Lunatic asylums Burma 1907-21 - 1907-1921
Year: 1907
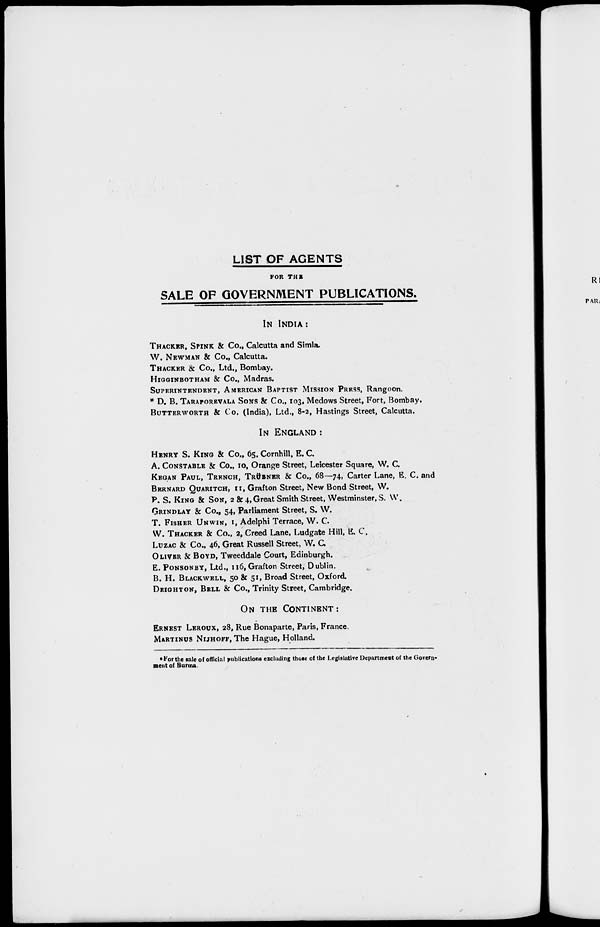
LIST OF AGENTS
FOR THE
SALE OF GOVERNMENT PUBLICATIONS.
IN INDIA:
THACKER, SPINK & Co., Calcutta and Simla.
W. NEWMAN & Co., Calcutta.
THACKER & Co., Ltd., Bombay.
HIGGINBOTHAM & Co., Madras.
SUPERINTENDENT, AMERICAN BAPTIST MISSION PRESS, Rangoon.
* D. B.TARAPOREVALA SONS & Co., 103, Medows Street, Fort, Bombay.
BUTTERWORTH & Co. (India), Ltd., 8-2, Hastings Street, Calcutta.
IN ENGLAND:
HENRY S.KING & Co., 65, Cornhill, E. C.
A.CONSTABLE & Co., 10, Orange Street, Leicester Square, W. C.
KEGAN PAUL, TRRNCH, TRÜBNER & Co., 68—74, Carter Lane, E. C. and
BERNARD QUARITCH, II, Grafton Street, New Bond Street, W.
P. S. KING & SON, 2 & 4, Great Smith Street, Westminster, S. W.
GRINDLAY & Co., 54, Parliament Street, S. W.
T.FISHER UNWIN, I ,Adelphi Terrace, W. C.
W.THACKER & Co., 2, Creed Lane, Ludgate Hill, E. C.
LUZAC & Co., 46, Great Russell Street, W. C
OLIVER & BOYD,Tweeddale Court, Edinburgh.
E. PONSONBY, Ltd., 116, Grafton Street, Dublin.
B. H. BLACKWELL50 & 51, Broad Street, Oxford.
DEIGHTON, BELL & Co., Trinity Street, Cambridge.
ON THE CONTINENT:
ERNEST LEROUX, 28, Rue Bonaparte, Paris, France.
MARTINUS NIJHOFF, The Hague, Holland.
*For the sale of official publications excluding those of the Legislative Department of the Govern-
ment of Burma.